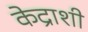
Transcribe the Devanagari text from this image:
केद्राशी